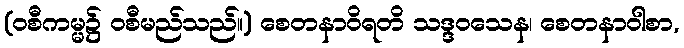
(ဝစီကမ္မ၌ ဝစီမည်သည်။) စေတနာဝိရတိ သဒ္ဒဝသေန၊ စေတနာဝါစာ,